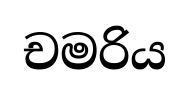
චමරිය